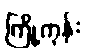
ကြို့ကုန်း